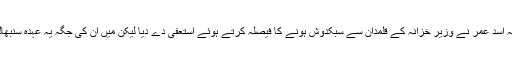
جیریمی کا کہنا تھا سن کر افسوس ہوا کہ اسد عمر نے وزیر خزانہ کے قلمدان سے سبکدوش ہونے کا فیصلہ کرتے ہوئے استعفیٰ دے دیا لیکن میں ان کی جگہ یہ عہدہ سنبھالنے کی جیریمی پوری کوشش کروں گا۔